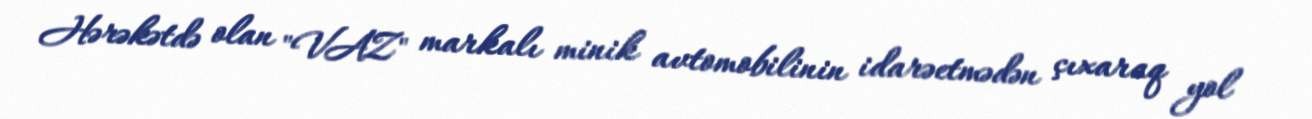
Hərəkətdə olan "VAZ" markalı minik avtomobilinin idarəetmədən çıxaraq yol